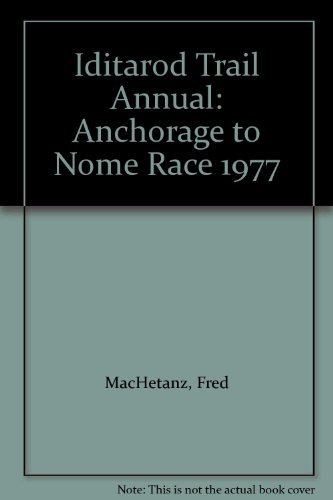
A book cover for Iditarod Trail Annual: Anchorage to Nome Race 1977; Sports & Outdoors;